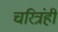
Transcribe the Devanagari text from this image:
चरित्रंही